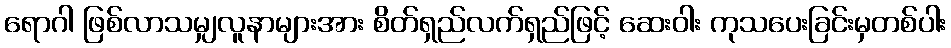
ရောဂါ ဖြစ်လာသမျှလူနာများအား စိတ်ရှည်လက်ရှည်ဖြင့် ဆေးဝါး ကုသပေးခြင်းမှတစ်ပါး